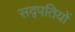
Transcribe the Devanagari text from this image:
सद्पतियों